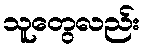
သူတွေလည်း